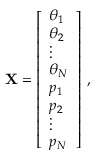
\mathbf { X } = \left[ \begin{array} { l } { \theta _ { 1 } } \\ { \theta _ { 2 } } \\ { \vdots } \\ { \theta _ { N } } \\ { p _ { 1 } } \\ { p _ { 2 } } \\ { \vdots } \\ { p _ { N } } \end{array} \right] \, ,